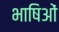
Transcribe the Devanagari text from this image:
भाषिओं